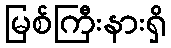
မြစ်ကြီးနားရှိ